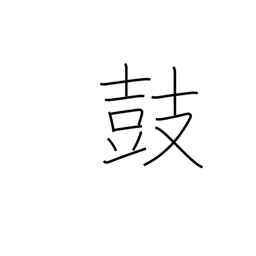
Meaning: muster